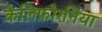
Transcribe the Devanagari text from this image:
कैलिफ़ोरनिया